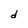
Character: d